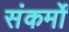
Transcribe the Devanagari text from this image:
संकर्मों